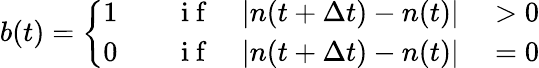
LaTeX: b(t)=\left\{ \begin{array}{rlrl}{1}&{{}\quad\mathrm{~i~f~}}&{|n(t+\Delta t)-n(t)|}&{{}>0}\\ {0}&{{}\quad\mathrm{~i~f~}}&{|n(t+\Delta t)-n(t)|}&{{}=0}\end{array}\right.